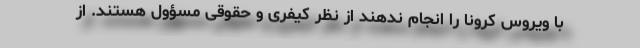
با ویروس کرونا را انجام ندهند از نظر کیفری و حقوقی مسؤول هستند. از